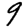
Digit: 9